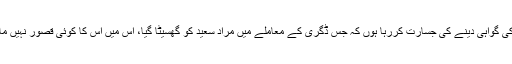
میرے خیال میں یہ تحریک اپنے ٹریک سے اتر گئی ہے لیکن سیاسی اختلافات کے باوجود میں اس بات کی گواہی دینے کی جسارت کررہا ہوں کہ جس ڈگری کے معاملے میں مراد سعید کو گھسیٹا گیا، اس میں اس کا کوئی قصور نہیں ماسوائے یہ کہ وہ قومی اسمبلی کا رکن ہے اور اس نے اپنی ڈگری حاصل کرنے میں سستی کا مظاہرہ کیا۔